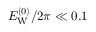
E _ { \mathrm { W } } ^ { ( 0 ) } / 2 \pi \ll 0 . 1